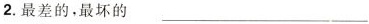
2.最差的，最坏的 ___